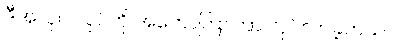
ဒီအလုပ် လုပ်ကို အတော်ကြာကြာ လုပ်လာခဲ့တယ်။